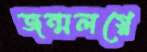
জন্মলগ্নে